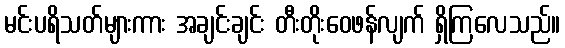
မင်းပရိသတ်များကား အချင်းချင်း တီးတိုးဝေဖန်လျက် ရှိကြလေသည်။